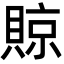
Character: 䝶